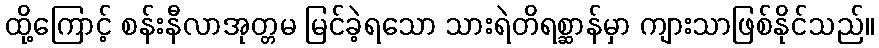
ထို့ကြောင့် စန်းနီလာအုတ္တမ မြင်ခဲ့ရသော သားရဲတိရစ္ဆာန်မှာ ကျားသာဖြစ်နိုင်သည်။